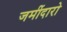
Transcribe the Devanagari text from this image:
जमींदारो